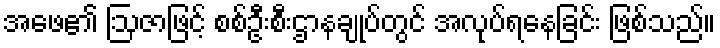
အဖေ၏ ဩဇာဖြင့် စစ်ဦးစီးဌာနချုပ်တွင် အလုပ်ရနေခြင်း ဖြစ်သည်။